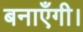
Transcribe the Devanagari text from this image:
बनाएँगी।